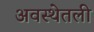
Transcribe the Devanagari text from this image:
अवस्थेतली